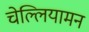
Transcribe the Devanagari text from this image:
चेल्लियामन